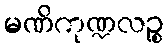
မဏိကုဏ္ဍလဉ္စ